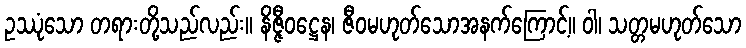
ဥဿုံသော တရားတို့သည်လည်း။ နိဇ္ဇီဝဋ္ဌေန၊ ဇီဝမဟုတ်သောအနက်ကြောင့်။ ဝါ၊ သတ္တမဟုတ်သော